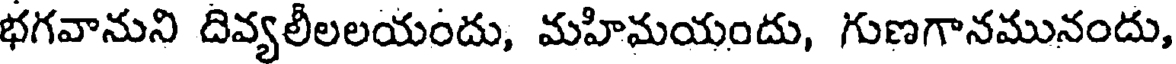
భగవానుని దివ్యలీలలయందు, మహిమయందు, గుణగానమునందు,